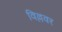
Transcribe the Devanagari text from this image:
विल्लवर